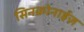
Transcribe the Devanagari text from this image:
सिनक्रोनाईज़